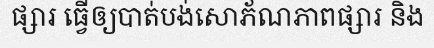
ផ្សារ ធ្វើឲ្យបាត់បង់សោភ័ណភាពផ្សារ និង